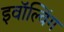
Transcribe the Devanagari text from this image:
इवॉल्विंग